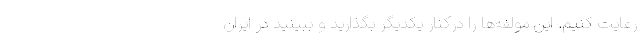
رعایت کنیم. این مولفه‌ها را درکنار یکدیگر بگذارید و ببینید در ایران